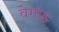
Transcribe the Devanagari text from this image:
वेगांड